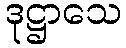
ဒုဋ္ဌာသေ